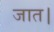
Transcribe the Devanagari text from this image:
जात।